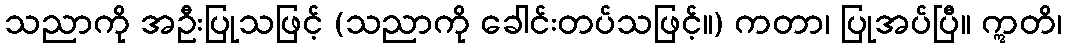
သညာကို အဦးပြုသဖြင့် (သညာကို ခေါင်းတပ်သဖြင့်။) ကတာ၊ ပြုအပ်ပြီ။ ဣတိ၊